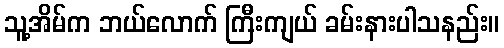
သူ့အိမ်က ဘယ်လောက် ကြီးကျယ် ခမ်းနားပါသနည်း။